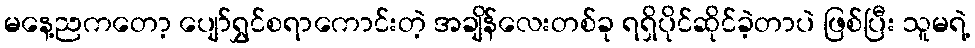
မနေ့ညကတော့ ပျော်ရွှင်စရာကောင်းတဲ့ အချိန်လေးတစ်ခု ရရှိပိုင်ဆိုင်ခဲ့တာပဲ ဖြစ်ပြီး သူမရဲ့